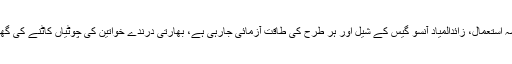
نہتے کشمیریوں پر پیلٹ گن کا بے تحاشہ استعمال، زائدالمیاد آنسو گیس کے شیل اور ہر طرح کی طاقت آزمائی جارہی ہے، بھارتی درندے خواتین کی چوٹیاں کاٹنے کی گھناؤنی وارداتیں کرنے میں مصروف ہیں۔